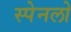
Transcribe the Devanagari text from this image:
स्पेनलो